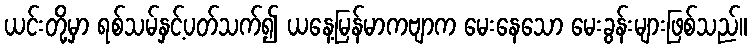
ယင်းတို့မှာ ရစ်သမ်နှင့်ပတ်သက်၍ ယနေ့မြန်မာကဗျာက မေးနေသော မေးခွန်းများဖြစ်သည်။